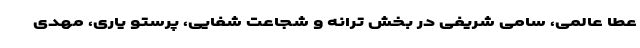
عطا عالمی، سامی شریفی در بخش ترانه و شجاعت شفایی، پرستو یاری، مهدی